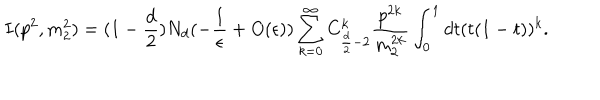
LaTeX: I ( p ^ { 2 } , m _ { 2 } ^ { 2 } ) = ( 1 - \frac { d } { 2 } ) N _ { d } ( - \frac { 1 } { \epsilon } + O ( \epsilon ) ) \sum _ { k = 0 } ^ { \infty } C _ { \frac { d } { 2 } - 2 } ^ { k } \frac { p ^ { 2 k } } { m _ { 2 } ^ { 2 k } } \int _ { 0 } ^ { 1 } d t ( t ( 1 - t ) ) ^ { k } .